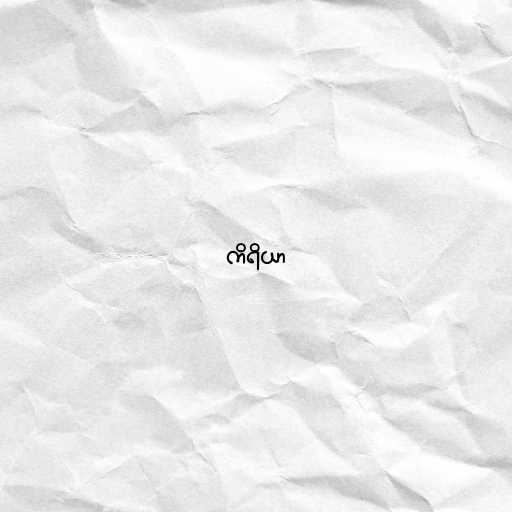
ကိရိယာ